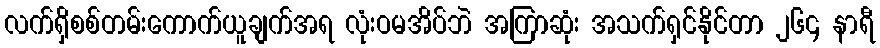
လက်ရှိစစ်တမ်းကောက်ယူချက်အရ လုံးဝမအိပ်ဘဲ အကြာဆုံး အသက်ရှင်နိုင်တာ ၂၆၄ နာရီ